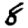
Digit: 8